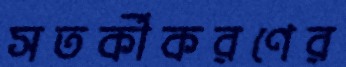
সতর্কীকরণের